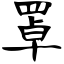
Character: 罩